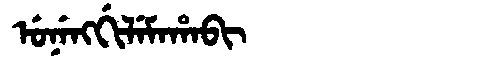
Manchu: ᡠᠨᡝᠩᡤᡳᠯᡝᠮᠠᡥᠠᠪᡳ
Romanization: UNENGGILEMAHABI